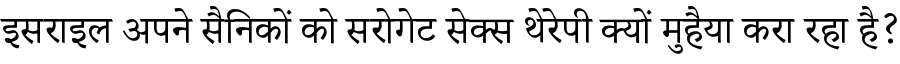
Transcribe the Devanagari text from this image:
इसराइल अपने सैनिकों को सरोगेट सेक्स थेरेपी क्यों मुहैया करा रहा है?